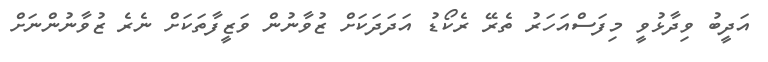
އަދީބު ވިދާޅުވީ މިިފަސްއަހަރު ތެރޭ ރެކޯޑު އަދަދަކަށް ޒުވާނުން ވަޒީފާތަކަށް ނެރެ ޒުވާނުންނަށް